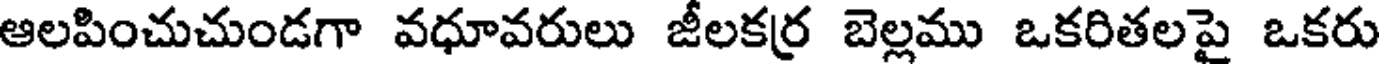
ఆలపించుచుండగా వధూవరులు జీలకర్ర బెల్లము ఒకరితలపై ఒకరు